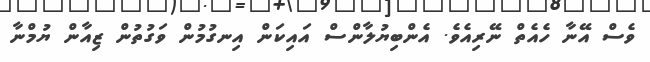
ވެސް އޭނާ ހެއެތް ނޭރިއެވެ. އެންބިޔުލާންސް އައިކަން އިނގުމުން ވަގުތުން ޒިއާން ޔުމްނާ